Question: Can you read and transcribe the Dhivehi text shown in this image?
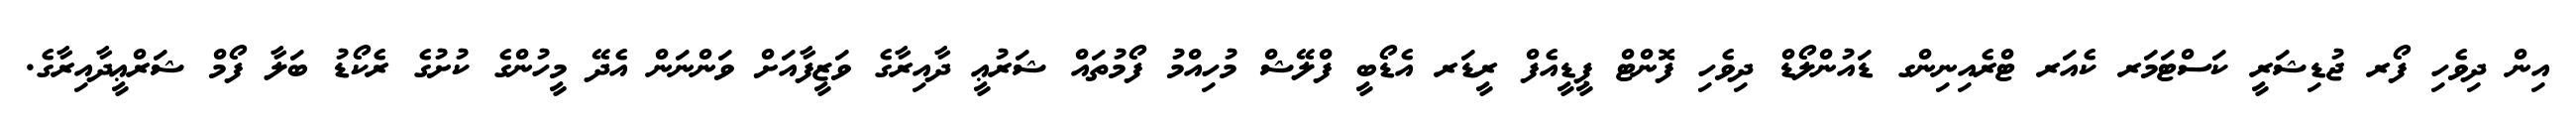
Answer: އިން ދިވެހި ފޯރ ޖުޑިޝަރީ ކަސްޓަމަރ ކެއަރ ޓްރެއިނިންގ ޑައުންލޯޑް ދިވެހި ފޮންޓް ޕީޑީއެފް ރީޑަރ އެޑޯބީ ފްލޭޝް މުހިއްމު ފޯމުތައް ޝަރުޢީ ދާއިރާގެ ވަޒީފާއަށް ވަންނަން އެދޭ މީހުންގެ ކުށުގެ ރެކޯޑު ބަލާ ފޯމް ޝަރްޢީދާއިރާގެ.